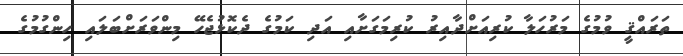
ތަރައްޤީ ވުމުގެ މަރުހަލާ ކުރިއަށްދާއިރު ކުރިމަގަށާއި އަދި ކަމުގެ ދެކޮޅުޖެހޭ މިންވަރަށްބަލައި ހިންގުމުގެ